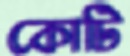
কোটি